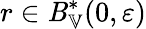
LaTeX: r\in\mathit{B}_{\mathbb{{V}}}^{*}(0,\varepsilon)